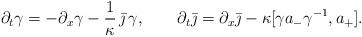
LaTeX: \begin{align*}\partial_t \gamma = - \partial_x \gamma - \frac{1}{\kappa} \, \bar \jmath \, \gamma, \qquad\partial_t \bar \jmath = \partial_x \bar \jmath - \kappa [\gamma a_- \gamma^{-1}, a_+]. \end{align*}